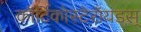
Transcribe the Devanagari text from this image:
कॉर्टिकोस्टेरॉयडस्